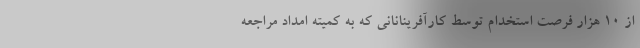
از ۱۰ هزار فرصت استخدام توسط کارآفرینانانی که به کمیته امداد مراجعه